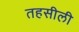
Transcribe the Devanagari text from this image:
तहसीली